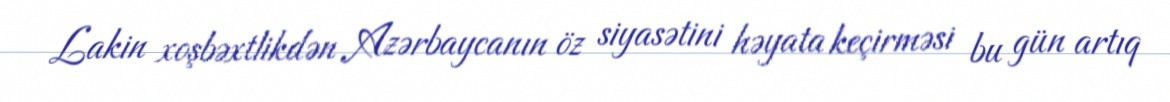
Lakin xoşbəxtlikdən Azərbaycanın öz siyasətini həyata keçirməsi bu gün artıq